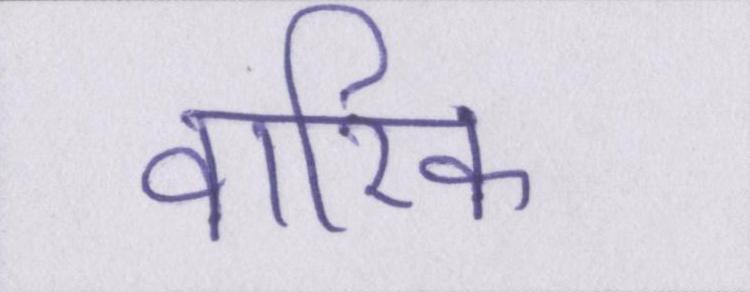
वारिक